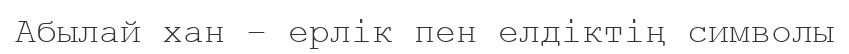
Абылай хан – ерлік пен елдіктің символы